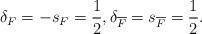
LaTeX: \begin{align*}\delta_F = - s_F = \frac{1}{2},\delta_{\overline F} = s_{\overline F} = \frac{1}{2}.\end{align*}